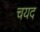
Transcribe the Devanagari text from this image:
चयद